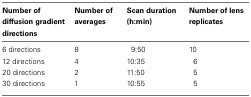
| Number of diffusion gradient directions | Number of averages | Scan duration (h:min) | Number of lens replicates |
 | --- | --- | --- | --- |
 | 6 directions | 8 | 9:50 | 10 |
 | 12 directions | 4 | 10:35 | 6 |
 | 20 directions | 2 | 11:50 | 5 |
 | 30 directions | 1 | 10:55 | 5 |